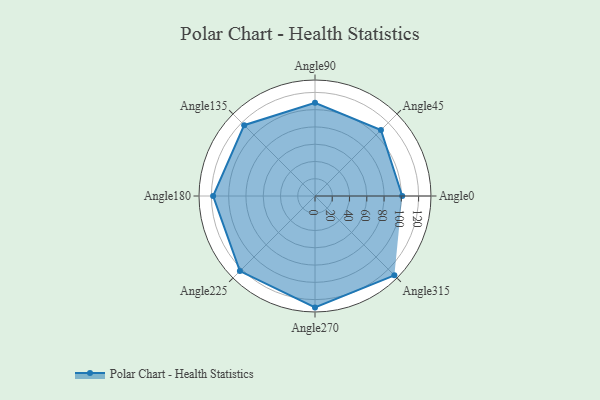
{"axis": {"x": "Angle", "y": "Radius"}, "legend": [""], "data": [{"x": "Angle0", "y": 101.0, "type": ""}, {"x": "Angle45", "y": 108.0, "type": ""}, {"x": "Angle90", "y": 108.0, "type": ""}, {"x": "Angle135", "y": 116.0, "type": ""}, {"x": "Angle180", "y": 118.0, "type": ""}, {"x": "Angle225", "y": 123.0, "type": ""}, {"x": "Angle270", "y": 129.0, "type": ""}, {"x": "Angle315", "y": 130.0, "type": ""}]}